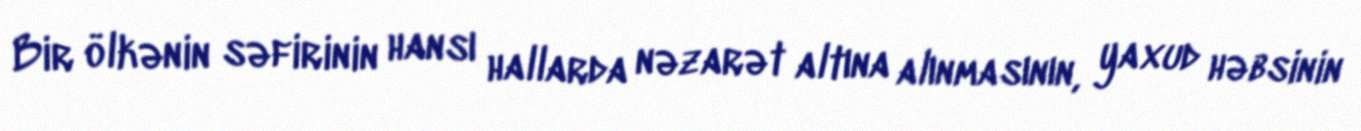
Bir ölkənin səfirinin hansı hallarda nəzarət altına alınmasının, yaxud həbsinin